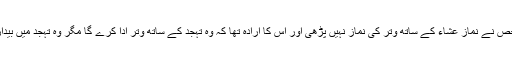
اگر کسی شخص نے نماز عشاء کے ساتھ وتر کی نماز نہیں پڑھی اور اُس کا ارادہ تھا کہ وہ تہجد کے ساتھ وتر ادا کرے گا مگر وہ تہجد میں بیدار نہ ہوسکا ۔